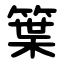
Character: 䈎